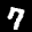
Label: 7